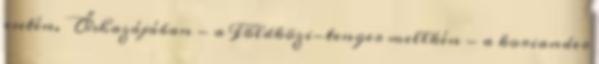
esetén. Őshazájában - a Földközi-tenger mellkén - a koriander